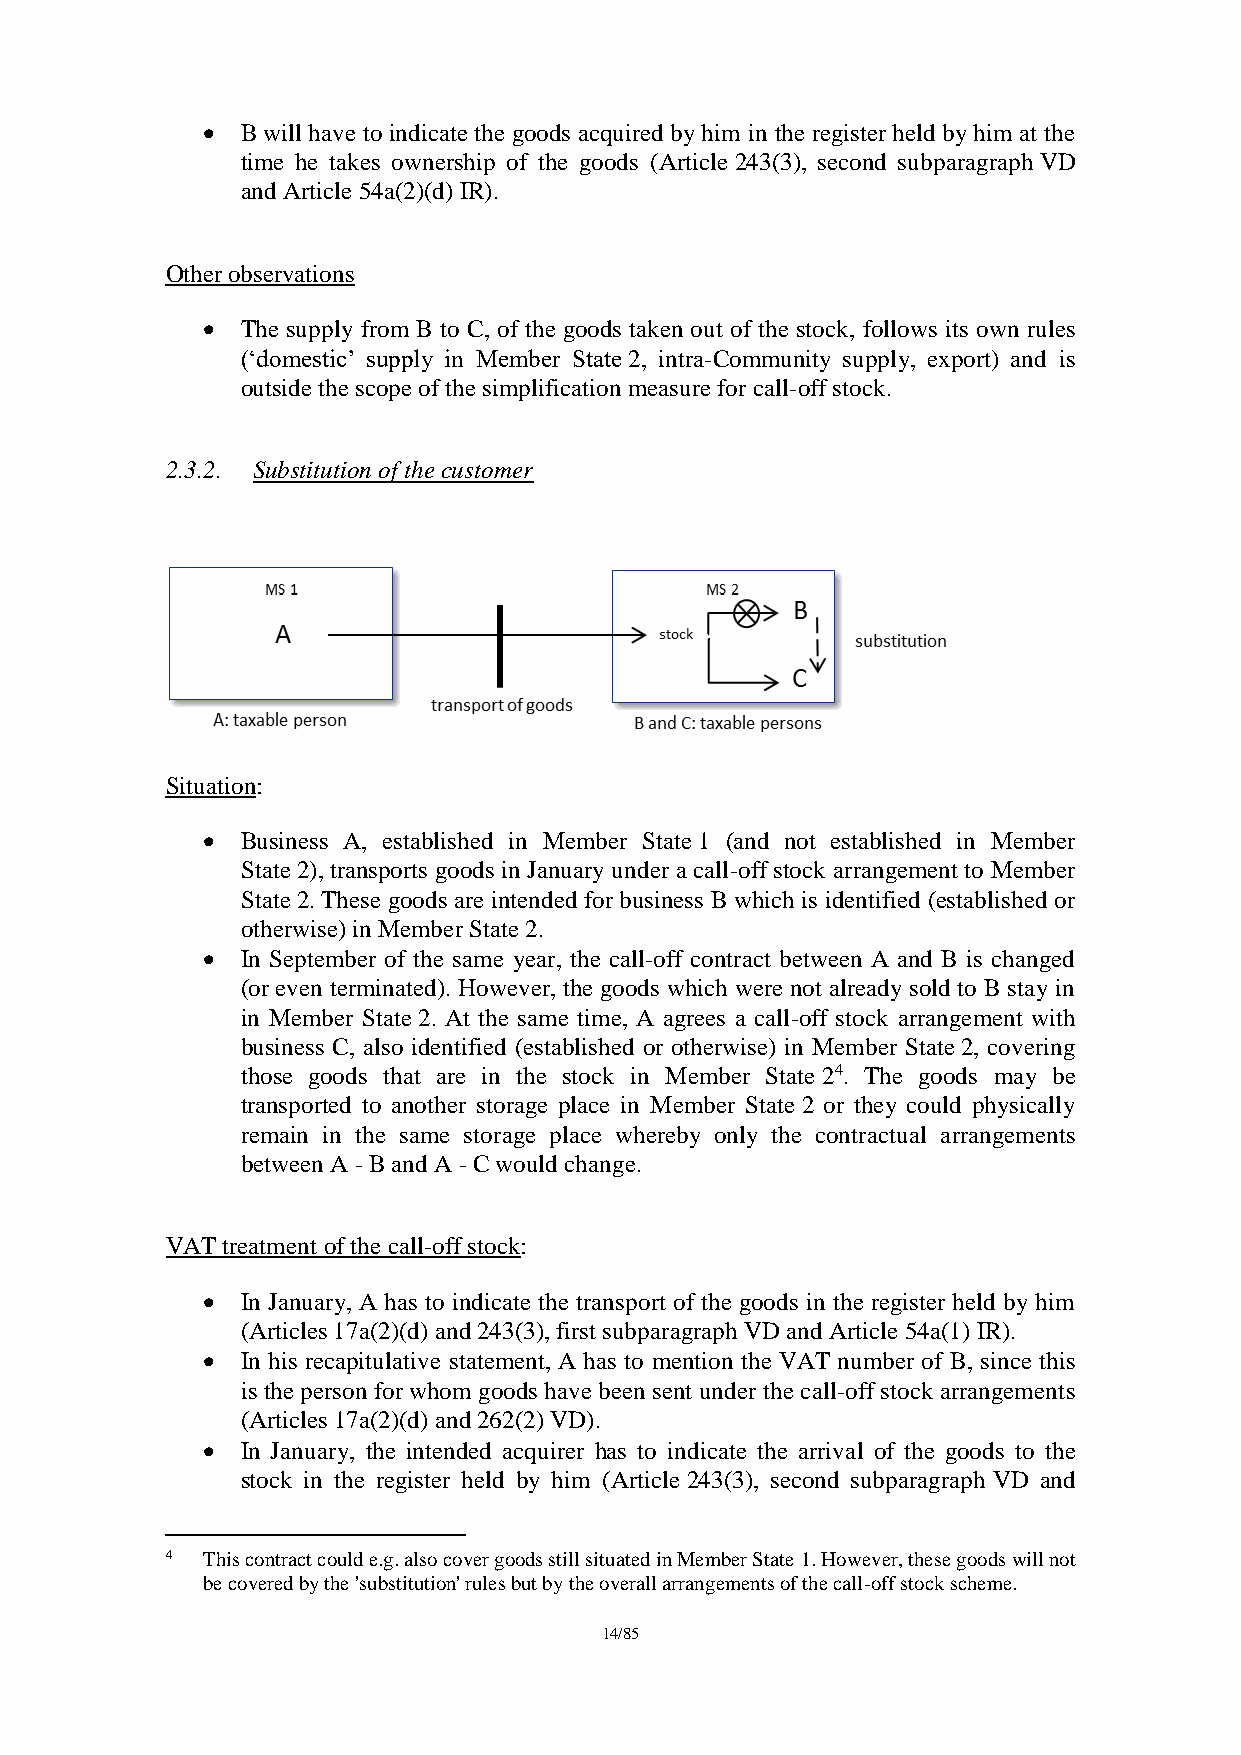
  B will have to indicate the goods acquired by him in the register held by him at the
 time he takes ownership of the goods (Article 243(3), second subparagraph VD
 and Article 54a(2)(d) IR).
 Other observations
   The supply from B to C, of the goods taken out of the stock, follows its own rules
 (‘domestic’ supply in Member State 2, intra-Community supply, export) and is
 outside the scope of the simplification measure for call-off stock.
 2.3.2. Substitution of the customer
 Situation:
   Business A, established in Member State 1 (and not established in Member
 State 2), transports goods in January under a call-off stock arrangement to Member
 State 2. These goods are intended for business B which is identified (established or
 otherwise) in Member State 2.
   In September of the same year, the call-off contract between A and B is changed
 (or even terminated). However, the goods which were not already sold to B stay in
 in Member State 2. At the same time, A agrees a call-off stock arrangement with
 business C, also identified (established or otherwise) in Member State 2, covering
 those goods that are in the stock in Member State 24. The goods may be
 transported to another storage place in Member State 2 or they could physically
 remain in the same storage place whereby only the contractual arrangements
 between A - B and A - C would change.
 VAT treatment of the call-off stock:
   In January, A has to indicate the transport of the goods in the register held by him
 (Articles 17a(2)(d) and 243(3), first subparagraph VD and Article 54a(1) IR).
   In his recapitulative statement, A has to mention the VAT number of B, since this
 is the person for whom goods have been sent under the call-off stock arrangements
 (Articles 17a(2)(d) and 262(2) VD).
   In January, the intended acquirer has to indicate the arrival of the goods to the
 stock in the register held by him (Article 243(3), second subparagraph VD and
 4 This contract could e.g. also cover goods still situated in Member State 1. However, these goods will not
 be covered by the 'substitution' rules but by the overall arrangements of the call-off stock scheme.
 14/85